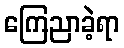
ကြေညာခဲ့ရာ